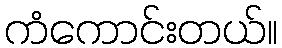
ကံကောင်းတယ်။